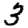
Digit: 3